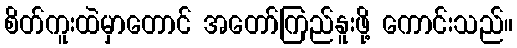
စိတ်ကူးထဲမှာတောင် အတော်ကြည်နူးဖို့ ကောင်းသည်။